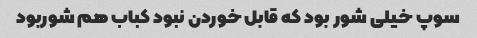
سوپ خیلی شور بود که قابل خوردن نبود کباب هم شوربود